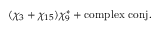
( \chi _ { 3 } + \chi _ { 1 5 } ) \chi _ { 9 } ^ { * } + \mathrm { c o m p l e x \ c o n j . }